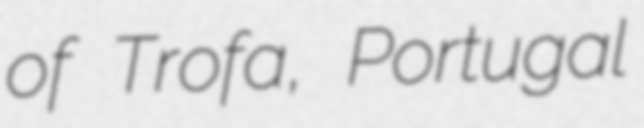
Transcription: of Trofa, Portugal